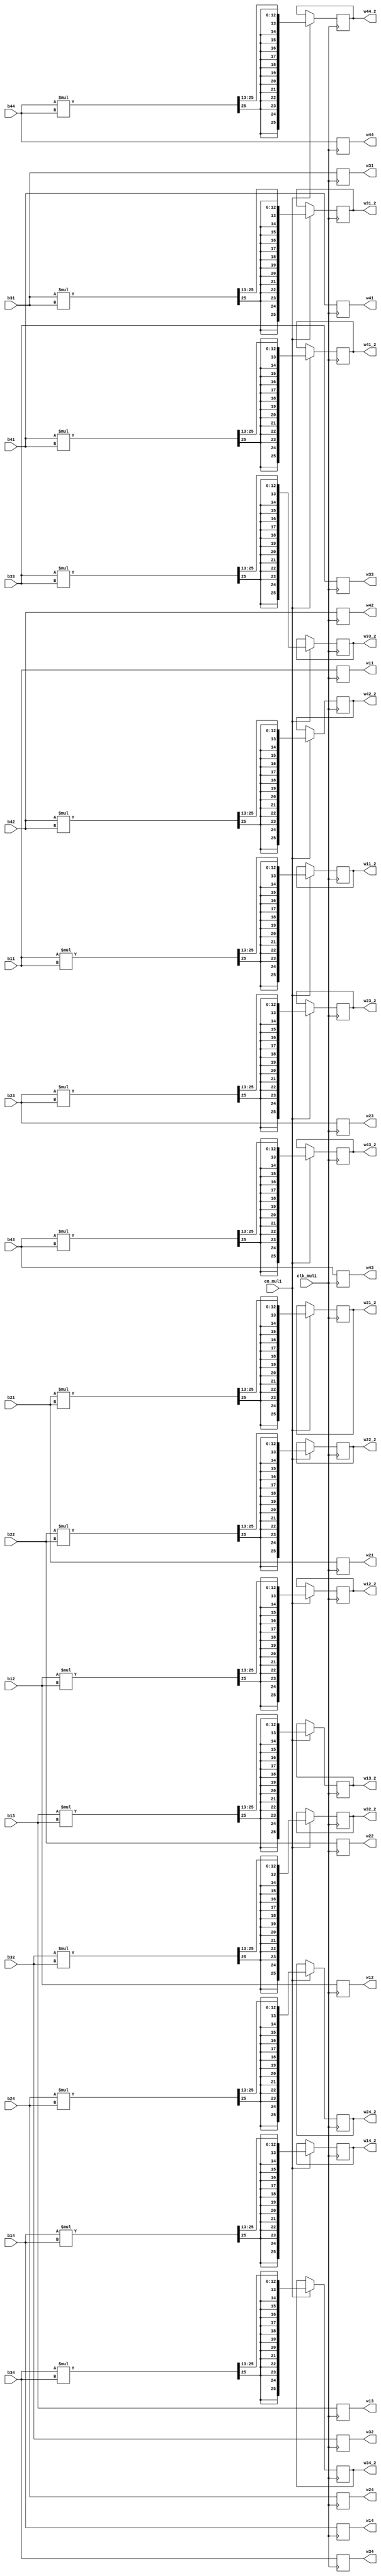
module SYMM_MUL1 (
    input clk_mul1,
    input en_mul1,

    input signed [25:0] b11, b12, b13, b14,
    input signed [25:0] b21, b22, b23, b24,
    input signed [25:0] b31, b32, b33, b34,
    input signed [25:0] b41, b42, b43, b44,

    output reg signed [25:0] w11, w12, w13, w14,
    output reg signed [25:0] w21, w22, w23, w24,
    output reg signed [25:0] w31, w32, w33, w34,
    output reg signed [25:0] w41, w42, w43, w44,

    output reg signed [25:0] w11_2, w12_2, w13_2, w14_2,
    output reg signed [25:0] w21_2, w22_2, w23_2, w24_2,
    output reg signed [25:0] w31_2, w32_2, w33_2, w34_2,
    output reg signed [25:0] w41_2, w42_2, w43_2, w44_2
);

always @(posedge clk_mul1) begin
    if (en_mul1) begin
        w11 <= b11; w12 <= b12; w13 <= b13; w14 <= b14;
        w21 <= b21; w22 <= b22; w23 <= b23; w24 <= b24;
        w31 <= b31; w32 <= b32; w33 <= b33; w34 <= b34;
        w41 <= b41; w42 <= b42; w43 <= b43; w44 <= b44;

        w11_2 <= (b11 * b11) >>> 13; w12_2 <= (b12 * b12) >>> 13; w13_2 <= (b13 * b13) >>> 13; w14_2 <= (b14 * b14) >>> 13;
        w21_2 <= (b21 * b21) >>> 13; w22_2 <= (b22 * b22) >>> 13; w23_2 <= (b23 * b23) >>> 13; w24_2 <= (b24 * b24) >>> 13;
        w31_2 <= (b31 * b31) >>> 13; w32_2 <= (b32 * b32) >>> 13; w33_2 <= (b33 * b33) >>> 13; w34_2 <= (b34 * b34) >>> 13;
        w41_2 <= (b41 * b41) >>> 13; w42_2 <= (b42 * b42) >>> 13; w43_2 <= (b43 * b43) >>> 13; w44_2 <= (b44 * b44) >>> 13;
    end else begin
        w11 <= b11; w12 <= b12; w13 <= b13; w14 <= b14;
        w21 <= b21; w22 <= b22; w23 <= b23; w24 <= b24;
        w31 <= b31; w32 <= b32; w33 <= b33; w34 <= b34;
        w41 <= b41; w42 <= b42; w43 <= b43; w44 <= b44;
    end
end
    
endmodule